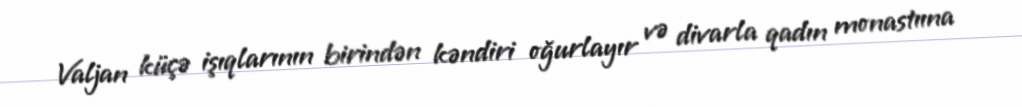
Valjan küçə işıqlarının birindən kəndiri oğurlayır və divarla qadın monastıına